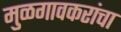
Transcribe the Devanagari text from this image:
मुळगावकरांचा